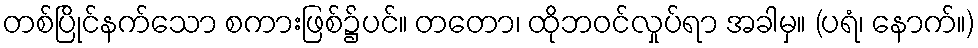
တစ်ပြိုင်နက်သော စကားဖြစ်၌ပင်။ တတော၊ ထိုဘဝင်လှုပ်ရာ အခါမှ။ (ပရံ၊ နောက်။)